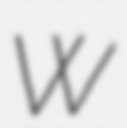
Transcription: W